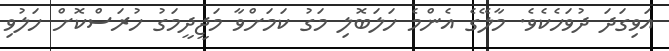
އަވިގަދަ ދުވަހެކެވެ. މާލޭގެ އެންމެ ހަލަބޮލި މަގު ކަމަށްވާ މަޖީދީމަގު ހުރަސްކޮށް ހަލުވި